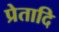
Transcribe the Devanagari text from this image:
प्रेतादि